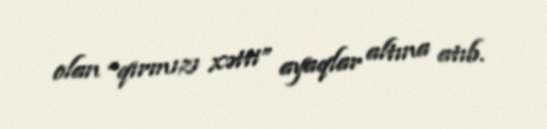
olan “qırmızı xətti” ayaqlar altına atıb.